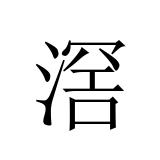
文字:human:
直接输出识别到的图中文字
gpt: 滘